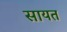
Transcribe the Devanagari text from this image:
सायत